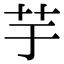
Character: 芋